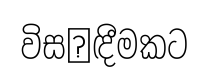
විස෾ඳීමකට